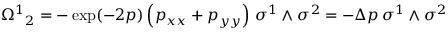
{ \Omega ^ { 1 } } _ { 2 } = - \exp ( - 2 p ) \left( p _ { x x } + p _ { y y } \right) \, \sigma ^ { 1 } \wedge \sigma ^ { 2 } = - \Delta p \, \sigma ^ { 1 } \wedge \sigma ^ { 2 }